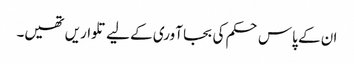
ان کے پاس حکم کی بجا آوری کے لیے تلواریں تھیں۔